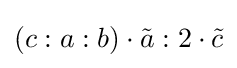
\left(c:a:b\right)\cdot {\tilde {a}}:2\cdot {\tilde {c}}